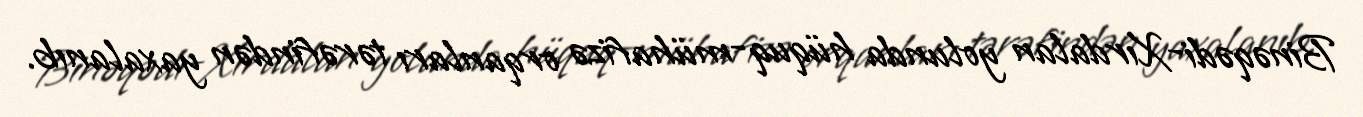
Binəqədi-Xırdalan yolunda hüquq-mühafizə orqanları tərəfindən yaxalanıb.